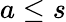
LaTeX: a\leq s